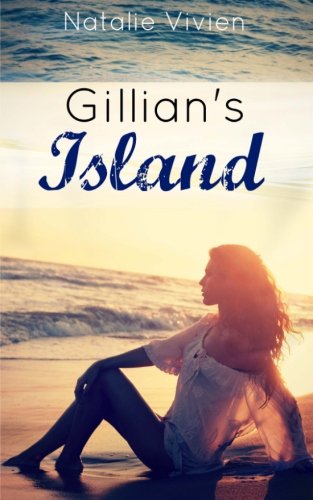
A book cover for Gillian's Island; Natalie Vivien; Literature & Fiction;